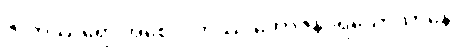
ဇာတိဿရော အစေလကဿ ဘောဇနပရိယောသာနေ